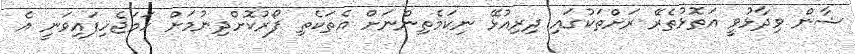
ޝާން ވިދާޅުވީ އަތޮޅުތެރޭ ރަށްތަކުގައި ދިރިއުޅޭ ނިކަމެތިންނަށް އެތަކެތި ފޯރުކޮށްދިނުމަށް ހަމަޖެހިފައިވަނީ އެ